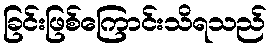
ခြင်းဖြစ်ကြောင်းသိရသည်